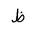
Letter: _za